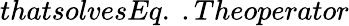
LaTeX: thatsolvesEq.\ .Theoperator